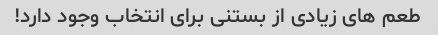
طعم های زیادی از بستنی برای انتخاب وجود دارد!